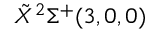
\tilde { X } ^ { 2 } \Sigma ^ { + } ( 3 , 0 , 0 )